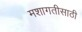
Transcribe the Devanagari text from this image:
मशागतीसाठी